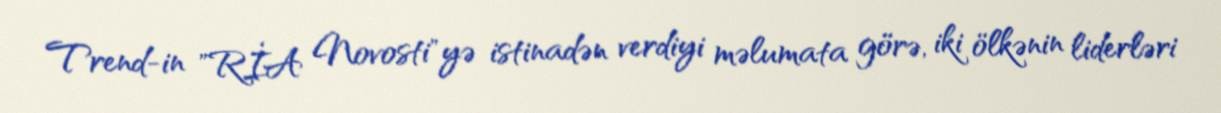
Trend-in "RİA Novosti"yə istinadən verdiyi məlumata görə, iki ölkənin liderləri